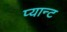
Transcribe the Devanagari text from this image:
प्यान्ट